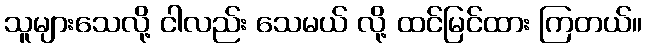
သူများသေလို့ ငါလည်း သေမယ် လို့ ထင်မြင်ထား ကြတယ်။